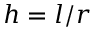
h = l / r